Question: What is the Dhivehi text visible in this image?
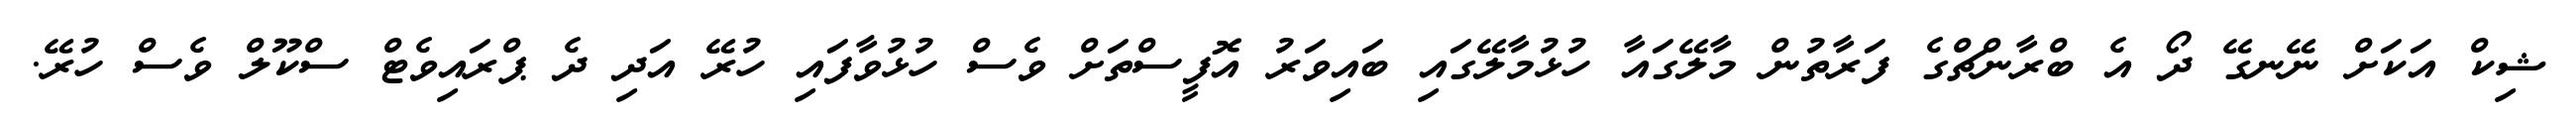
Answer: ޝިކް އަކަށް ނޭނގޭ ދޯ އެ ބްރާންޗްގެ ފަރާތުން މާލޭގައާ ހުޅުމާލޭގައި ބައިވަރު އޮފީސްތަށް ވެސް ހުޅުވާފައި ހުރޭ އަދި ދެ ޕްރައިވެޓް ސްކޫލް ވެސް ހުރޭ.